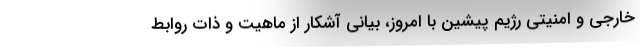
خارجی و امنیتی رژیم پیشین با امروز، بیانی آشکار از ماهیت و ذات روابط